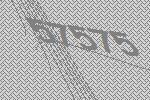
57575